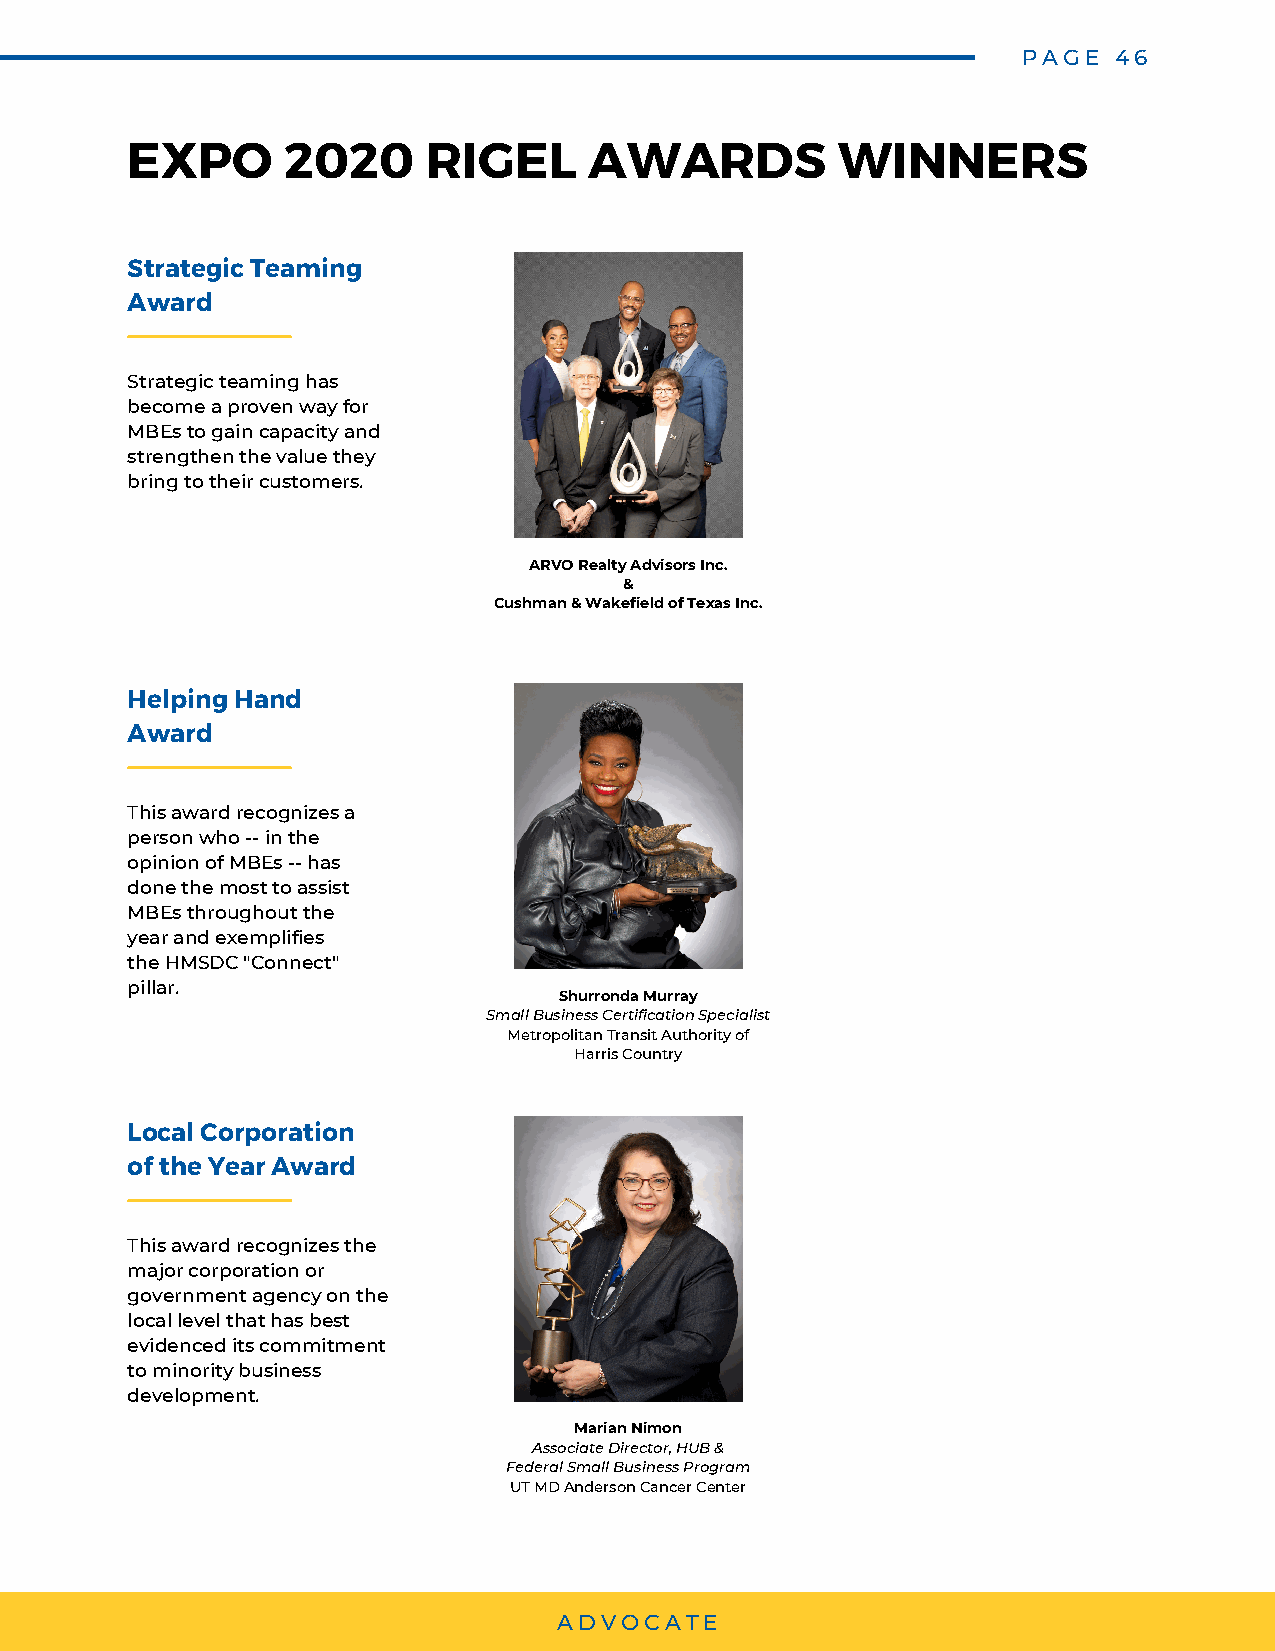
PAGE  46
 EXPO       2020     RIGEL      AWARDS          WINNERS
 Strategic Teaming
 Award
 Strategic teaming has
 become a proven way for
 MBEs to gain capacity and
 strengthen the value they
 bring to their customers.
 ARVO Realty Advisors Inc.
 &
 Cushman & Wakefield of Texas Inc.
 Helping Hand
 Award
 This award recognizes a
 person who -- in the
 opinion of MBEs -- has
 done the most to assist
 MBEs throughout the
 year and exemplifies
 the HMSDC "Connect"
 pillar.
 Shurronda Murray
 Small Business Certification Specialist
 Metropolitan Transit Authority of
 Harris Country
 Local Corporation
 of the Year Award
 This award recognizes the
 major corporation or
 government agency on the
 local level that has best
 evidenced its commitment
 to minority business
 development.
 Marian Nimon
 Associate Director, HUB &
 Federal Small Business Program
 UT MD Anderson Cancer Center
 ADVOCATE